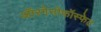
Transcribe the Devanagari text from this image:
ऑरगेनोफॉस्फेट